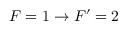
F = 1 \rightarrow F ^ { \prime } = 2